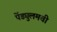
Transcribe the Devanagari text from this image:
पेंड्युलमची